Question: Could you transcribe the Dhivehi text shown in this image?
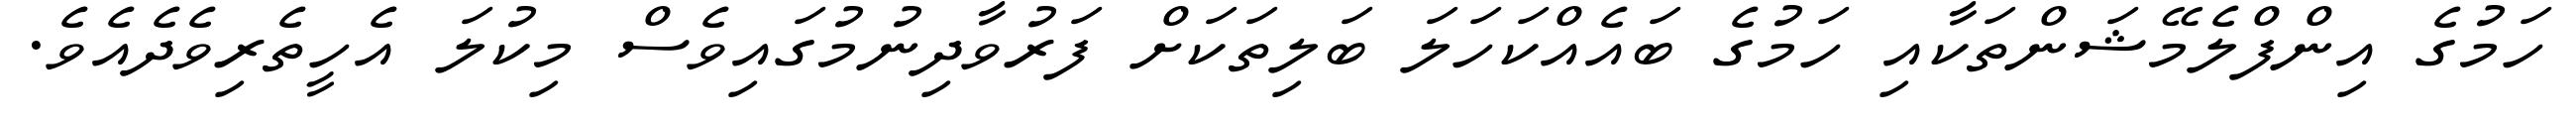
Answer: ހަމުގެ އިންފްލެމޭޝަންތަކާއި ހަމުގެ ބައެއްކަހަލަ ބަލިތަކަށް ފަރުވާދިނުމުގައިވެސް މިކުލަ އެހީތެރިވެދެއެވެ.